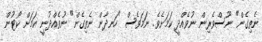
ނެތިގެން" ނޫސްވެރިން ނުވެއްދީ ކަމަށެވެ. ނަމަވެސް "ހަނދާން ނެތިގެން" ނުވެއްދުނީ ކަމަށް ކޯޓުން